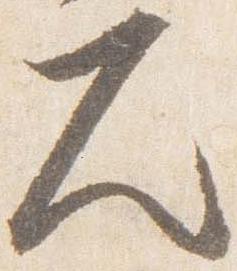
久